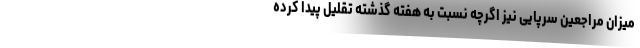
میزان مراجعین سرپایی نیز اگرچه نسبت به هفته گذشته تقلیل پیدا کرده